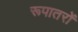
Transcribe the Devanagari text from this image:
रूपातरों